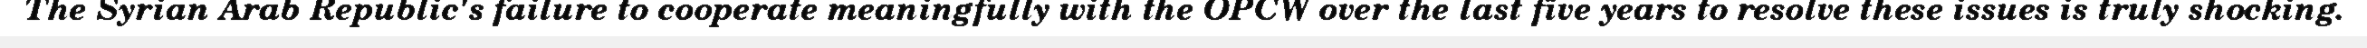
The Syrian Arab Republic's failure to cooperate meaningfully with the OPCW over the last five years to resolve these issues is truly shocking.